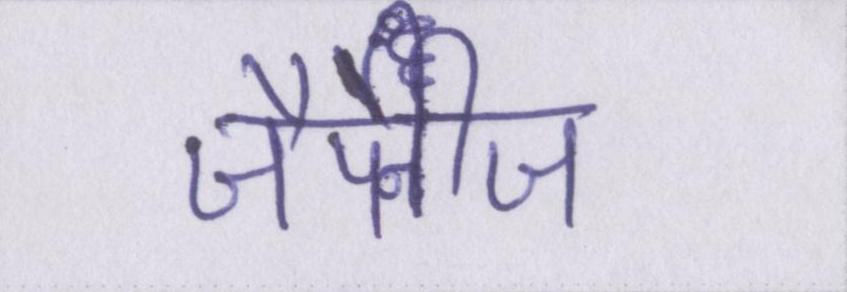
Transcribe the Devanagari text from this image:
जैपेनीज